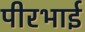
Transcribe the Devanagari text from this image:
पीरभाई